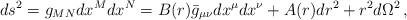
LaTeX: \begin{align*}ds^2 = g_{MN}dx^Mdx^N = B(r)\bar{g}_{\mu\nu}dx^\mu dx^\nu +A(r)dr^2 +r^2d\Omega^2\,,\end{align*}